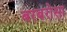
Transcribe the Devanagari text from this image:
बरबरोसा